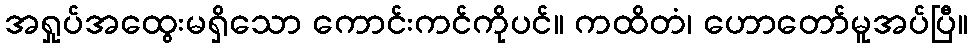
အရှုပ်အထွေးမရှိသော ကောင်းကင်ကိုပင်။ ကထိတံ၊ ဟောတော်မူအပ်ပြီ။